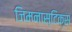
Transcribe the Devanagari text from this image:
जिमनास्टिक्‍स